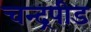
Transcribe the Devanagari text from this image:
चन्द्रपीड